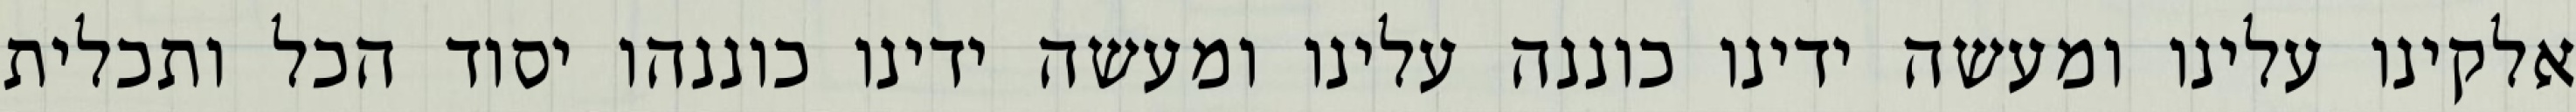
אלקינו עלינו ומעשה ידינו כוננה עלינו ומעשה ידינו כוננהו יסוד הכל ותכלית